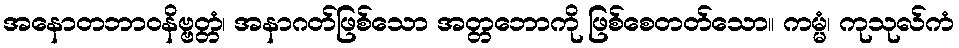
အနောတဘာဝနိဗ္ဗတ္တံ၊ အနာဂတ်ဖြစ်သော အတ္တဘောကို ဖြစ်စေတတ်သော။ ကမ္မံ၊ ကုသုလ်ကံ